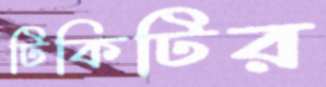
টিকিটির